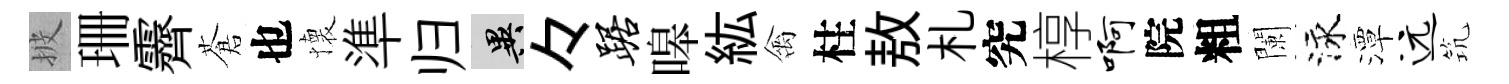
披珊霽蒼也懐準归异々踞嗥紘禽柱敖札究椁啊院粗闌泳潭远𥬑